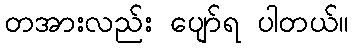
တအားလည်း ပျော်ရ ပါတယ်။